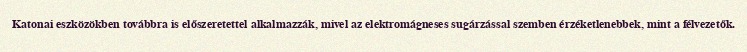
Katonai eszközökben továbbra is előszeretettel alkalmazzák, mivel az elektromágneses sugárzással szemben érzéketlenebbek, mint a félvezetők.